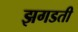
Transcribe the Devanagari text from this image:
झगडती